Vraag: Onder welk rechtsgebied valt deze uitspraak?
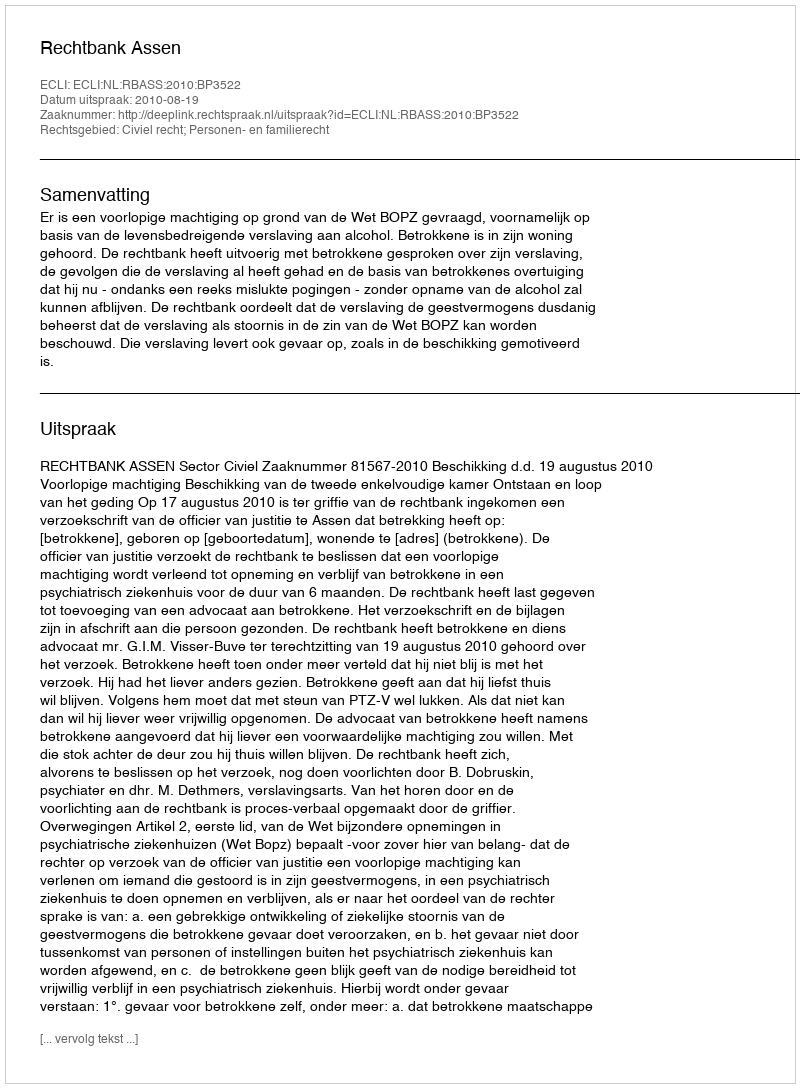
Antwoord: Civiel recht; Personen- en familierecht